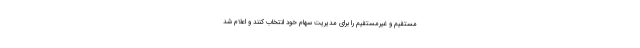
مستقیم و غیرمستقیم را برای مدیریت سهام خود انتخاب کنند و اعلام شد